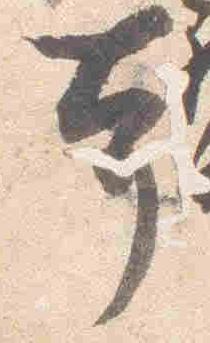
本